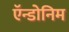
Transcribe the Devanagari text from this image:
ऍन्डोनिम